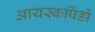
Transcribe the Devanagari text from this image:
आयस्कपिंडों